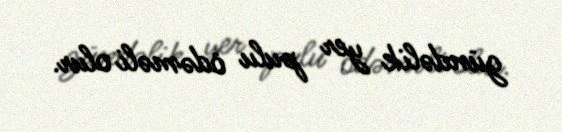
gündəlik yer pulu ödəməli olur.